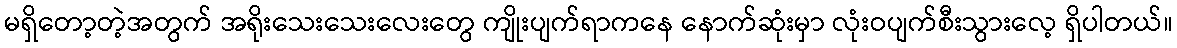
မရှိတော့တဲ့အတွက် အရိုးသေးသေးလေးတွေ ကျိုးပျက်ရာကနေ နောက်ဆုံးမှာ လုံးဝပျက်စီးသွားလေ့ ရှိပါတယ်။